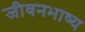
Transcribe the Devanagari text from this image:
जीवनभाष्य